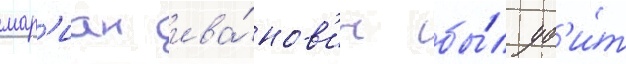
мар'иан ива́нов'ич бы́л уб'и́т